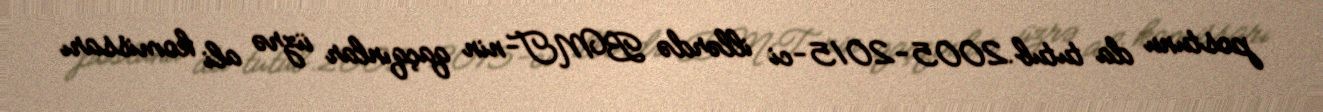
postunu da tutub.2005-2015-ci illərdə BMT-nin qaçqınlar üzrə ali komissarı